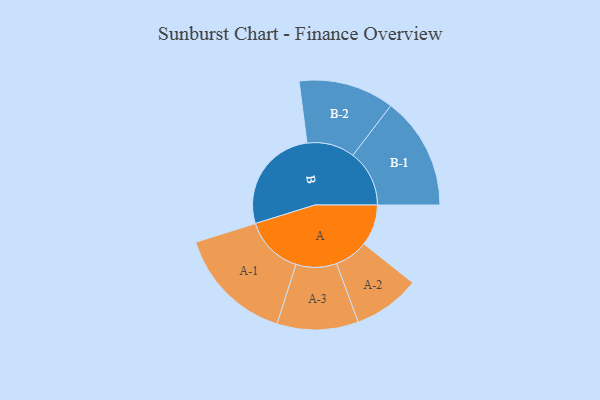
{"axis": {"x": "Segment", "y": "Value"}, "legend": ["", "A", "B"], "data": [{"x": "A", "y": 149, "type": ""}, {"x": "B", "y": 387, "type": ""}, {"x": "A-1", "y": 213, "type": "A"}, {"x": "A-2", "y": 121, "type": "A"}, {"x": "A-3", "y": 147, "type": "A"}, {"x": "B-1", "y": 204, "type": "B"}, {"x": "B-2", "y": 173, "type": "B"}]}